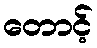
တောင့်